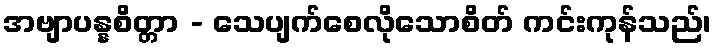
အဗျာပန္နစိတ္တာ - သေပျက်စေလိုသောစိတ် ကင်းကုန်သည်၊